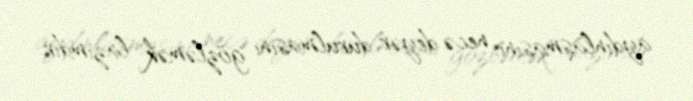
aydınlaşmasını, necə deyər, durulmasını gözləmək lazımdır.